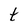
Character: t